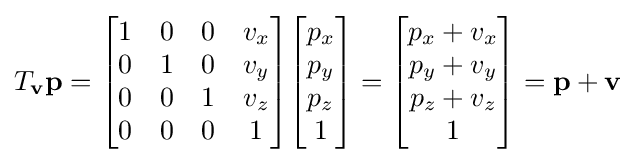
T_{\mathbf {v} }\mathbf {p} ={\begin{bmatrix}1&0&0&v_{x}\\0&1&0&v_{y}\\0&0&1&v_{z}\\0&0&0&1\end{bmatrix}}{\begin{bmatrix}p_{x}\\p_{y}\\p_{z}\\1\end{bmatrix}}={\begin{bmatrix}p_{x}+v_{x}\\p_{y}+v_{y}\\p_{z}+v_{z}\\1\end{bmatrix}}=\mathbf {p} +\mathbf {v}